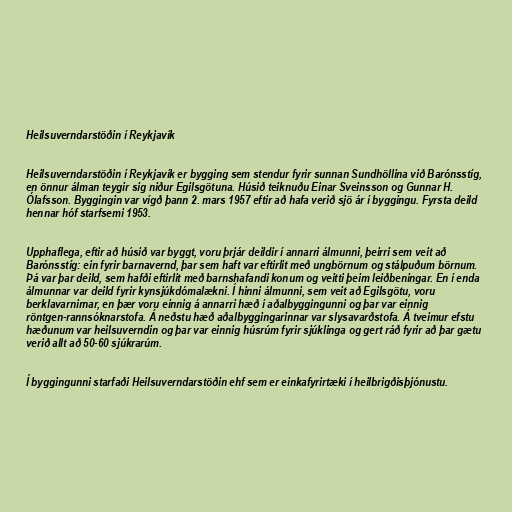
Heilsuverndarstöðin í Reykjavík

Heilsuverndarstöðin í Reykjavík er bygging sem stendur fyrir sunnan Sundhöllina við Barónsstíg,
en önnur álman teygir sig niður Egilsgötuna. Húsið teiknuðu Einar Sveinsson og Gunnar H.
Ólafsson. Byggingin var vígð þann 2. mars 1957 eftir að hafa verið sjö ár í byggingu. Fyrsta deild
hennar hóf starfsemi 1953.

Upphaflega, eftir að húsið var byggt, voru þrjár deildir í annarri álmunni, þeirri sem veit að
Barónsstíg: ein fyrir barnavernd, þar sem haft var eftirlit með ungbörnum og stálpuðum börnum.
Þá var þar deild, sem hafði eftirlit með barnshafandi konum og veitti þeim leiðbeningar. En í enda
álmunnar var deild fyrir kynsjúkdómalækni. Í hinni álmunni, sem veit að Egilsgötu, voru
berklavarnirnar, en þær voru einnig á annarri hæð í aðalbyggingunni og þar var einnig
röntgen-rannsóknarstofa. Á neðstu hæð aðalbyggingarinnar var slysavarðstofa. Á tveimur efstu
hæðunum var heilsuverndin og þar var einnig húsrúm fyrir sjúklinga og gert ráð fyrir að þar gætu
verið allt að 50-60 sjúkrarúm.

Í byggingunni starfaði Heilsuverndarstöðin ehf sem er einkafyrirtæki í heilbrigðisþjónustu.